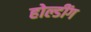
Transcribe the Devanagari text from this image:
होल्डींग